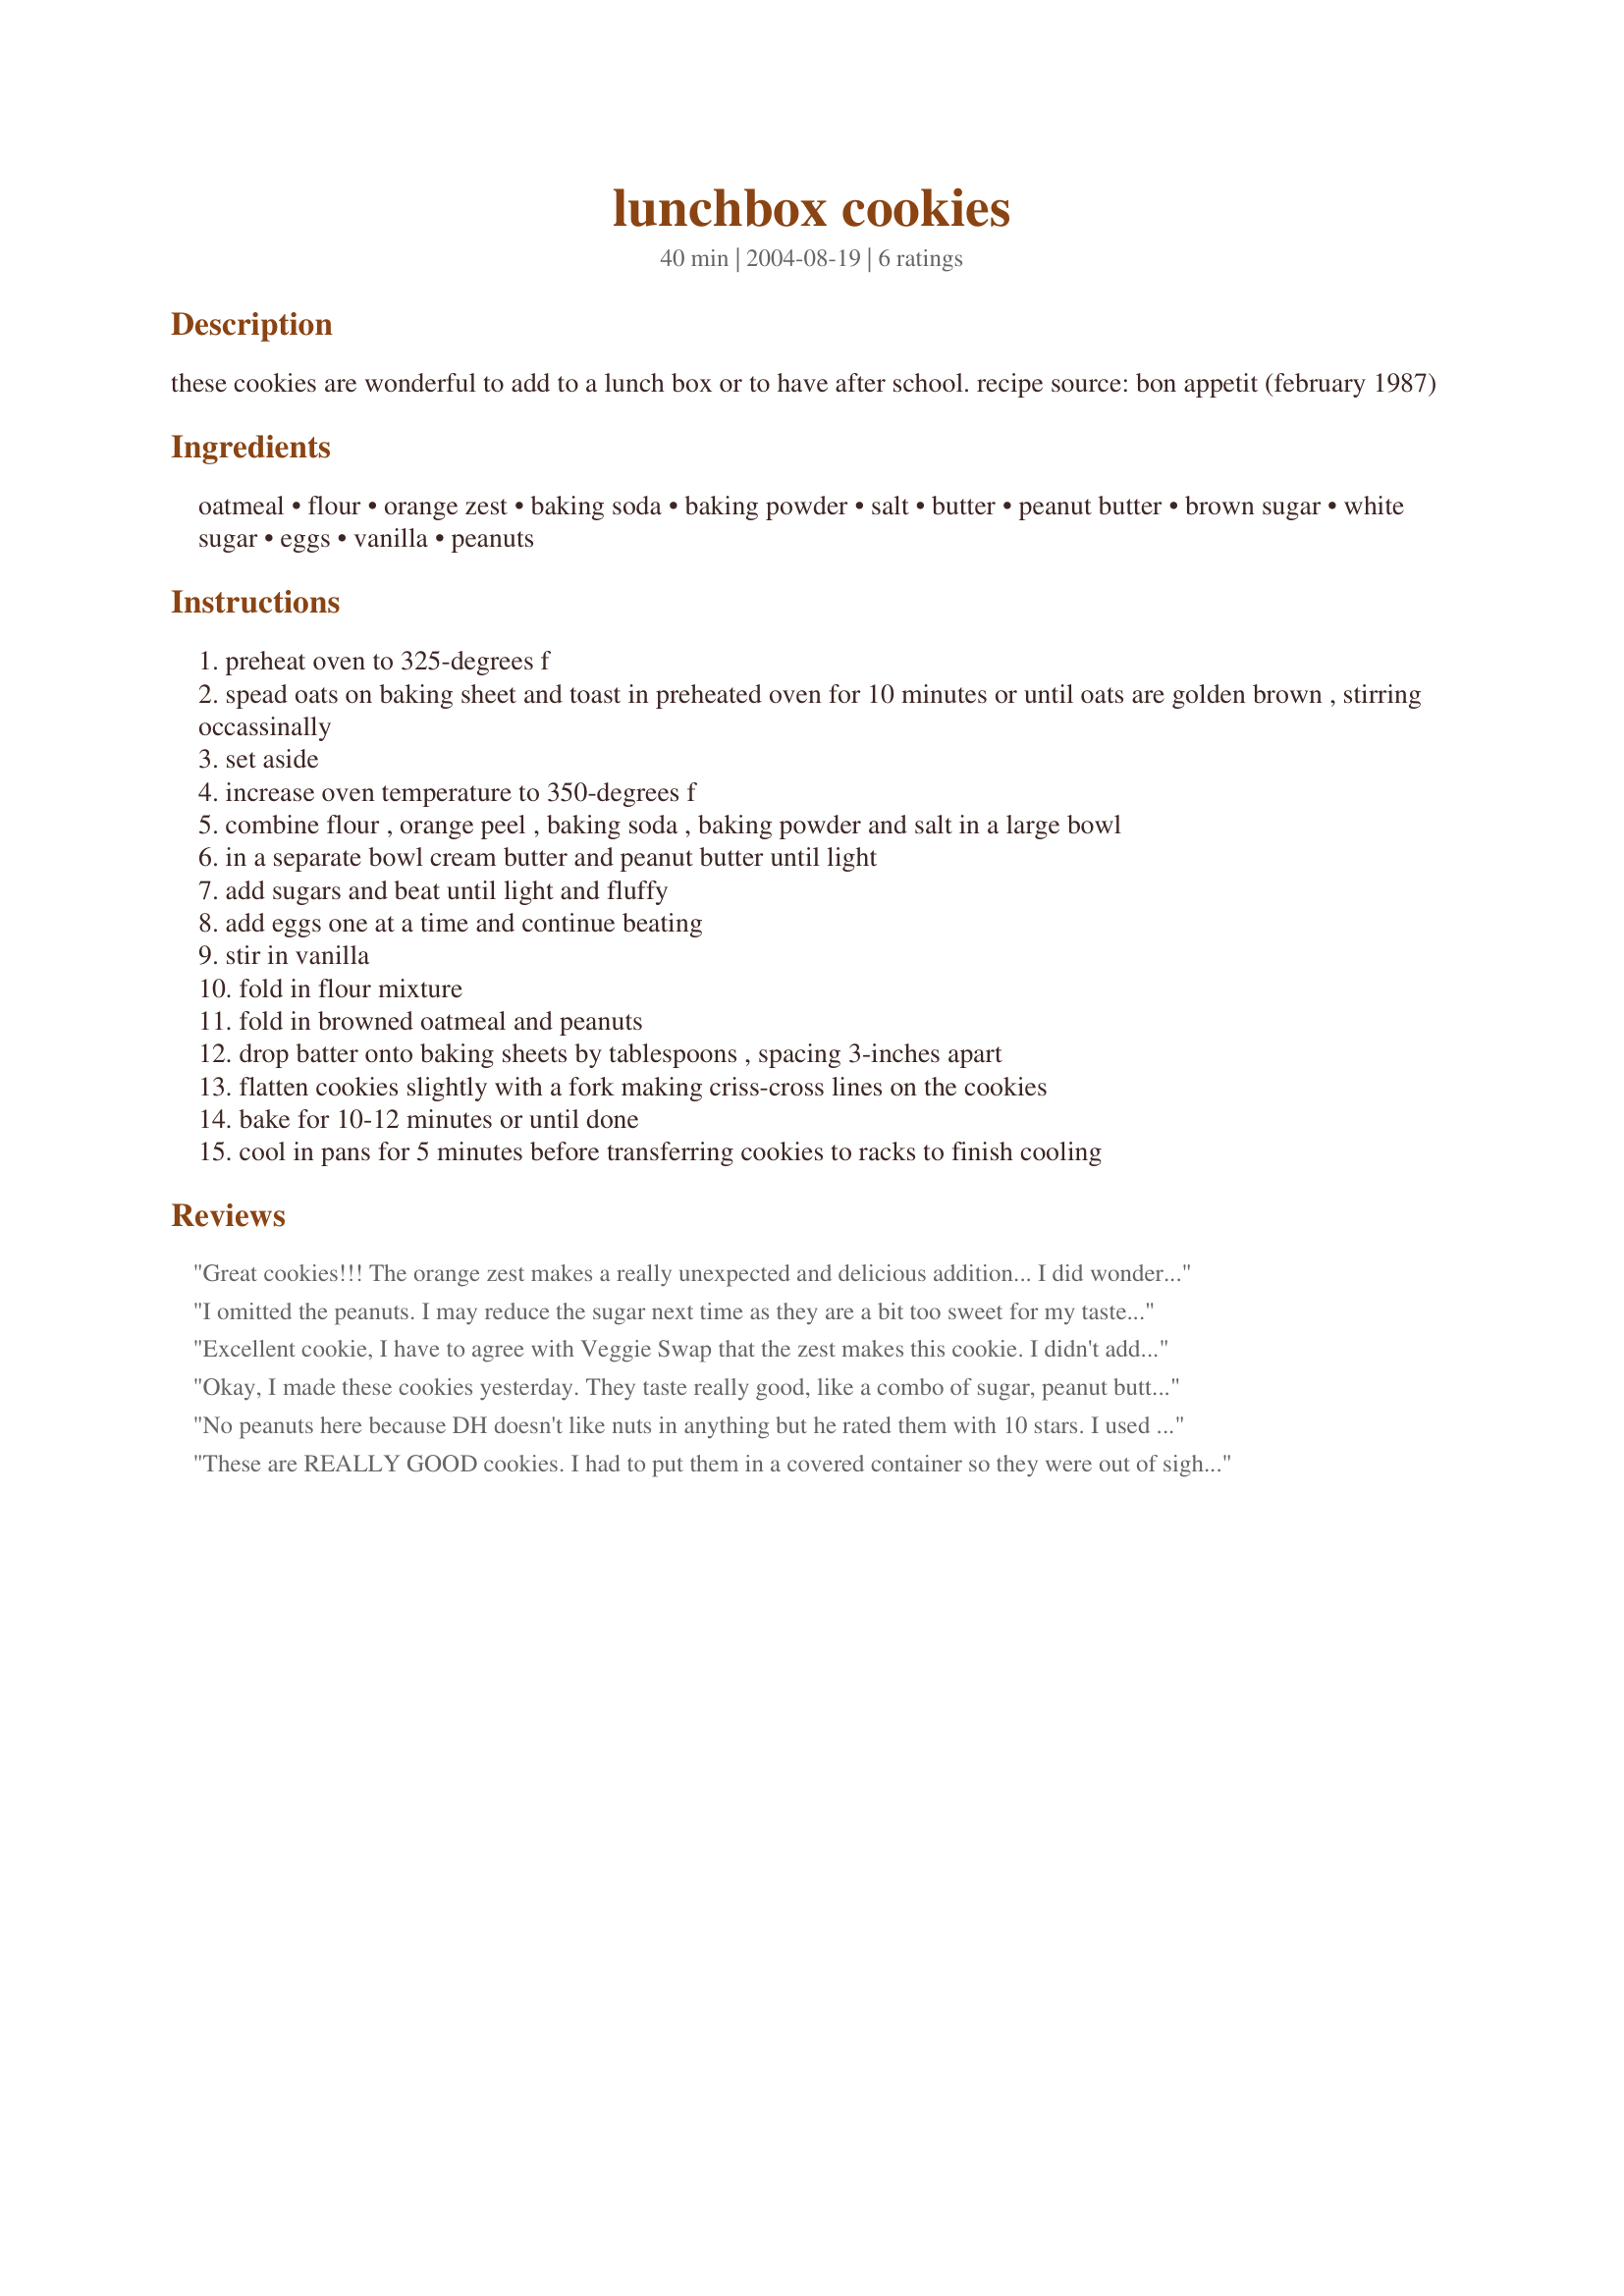
lunchbox cookies
Preparation time: 40 minutes

these cookies are wonderful to add to a lunch box or to have after school. recipe source: bon appetit (february 1987)

Ingredients:
oatmeal, flour, orange zest, baking soda, baking powder, salt, butter, peanut butter, brown sugar, white sugar, eggs, vanilla, peanuts

Steps:
preheat oven to 325-degrees f
spead oats on baking sheet and toast in preheated oven for 10 minutes or until oats are golden brown , stirring occassinally
set aside
increase oven temperature to 350-degrees f
combine flour , orange peel , baking soda , baking powder and salt in a large bowl
in a separate bowl cream butter and peanut butter until light
add sugars and beat until light and fluffy
add eggs one at a time and continue beating
stir in vanilla
fold in flour mixture
fold in browned oatmeal and peanuts
drop batter onto baking sheets by tablespoons , spacing 3-inches apart
flatten cookies slightly with a fork making criss-cross lines on the cookies
bake for 10-12 minutes or until done
cool in pans for 5 minutes before transferring cookies to racks to finish cooling

Reviews:
Great cookies!!! The orange zest makes a really unexpected and delicious addition... I did wonder if a drizzle of dark chocolate on top would be good. :D Next time I'll only use 1 cup peanuts, as I had about 1/3 cup left in the bowl that didn't mix in easily. YUM! Made for Veg*n Swap 12.
I omitted the peanuts. I may reduce the sugar next time as they are a bit too sweet for my taste. These cookies are so yummy with the oatmeal and the orange zest. Thanks ellie :) Made for PRMR tag game
Excellent cookie, I have to agree with Veggie Swap that the zest makes this cookie. I didn't add the chopped peanuts, but don't think they were missed. A nice change from the "usual," choc. cookies. My DH also really liked them!!
Okay, I made these cookies yesterday. They taste really good, like a combo of sugar, peanut butter, and oatmeal cookies with a hint of orange. I didn't have chunky peanut butter, so I just used smooth. I left out the peanuts since I only had walnuts. The cookies are very big and somewhat lace-y looking, but tender and crunchy at the same time. I will be keeping this recipe for future use. (Check your directions, Ellie. You forgot the vanilla!) Very good cookies!
No peanuts here because DH doesn't like nuts in anything but he rated them with 10 stars. I used whole wheat flour and my dough was really soft which surprised me a lot. I was expecting just the opposite, lol. Anyway, they were way too soft to mark and they needed all of the 3 in surrounding space. 10 mins baking on a silicone mat gave me perfect cookies with a light golden edge. I have a feeling that these will be requested again.
These are REALLY GOOD cookies. I had to put them in a covered container so they were out of sight! I made them for my kids for after school, but of course I tried one warm and then another one after they cooled. They are good both ways. I used chunky peanut butter and did not add nuts, but I think I'd like walnuts in them. You can taste a touch of orange and just a little of the peanut butter; the whole combination works great together. These come out very large and they are somewhat lacy, as the other reviewer mentioned. Be sure to allow the 3 inches between cookies! Thanks for posting this treat!
